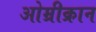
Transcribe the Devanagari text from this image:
ओम्रीक्रान